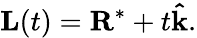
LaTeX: \mathbf{L}(t)=\mathbf{R}^{*}+t\mathbf{\hat{k}}.